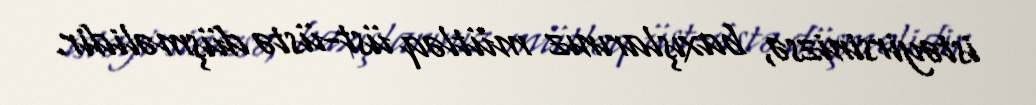
istəyirsinizsə, baxışlarınız mütləq üst-üstə düşməlidir.